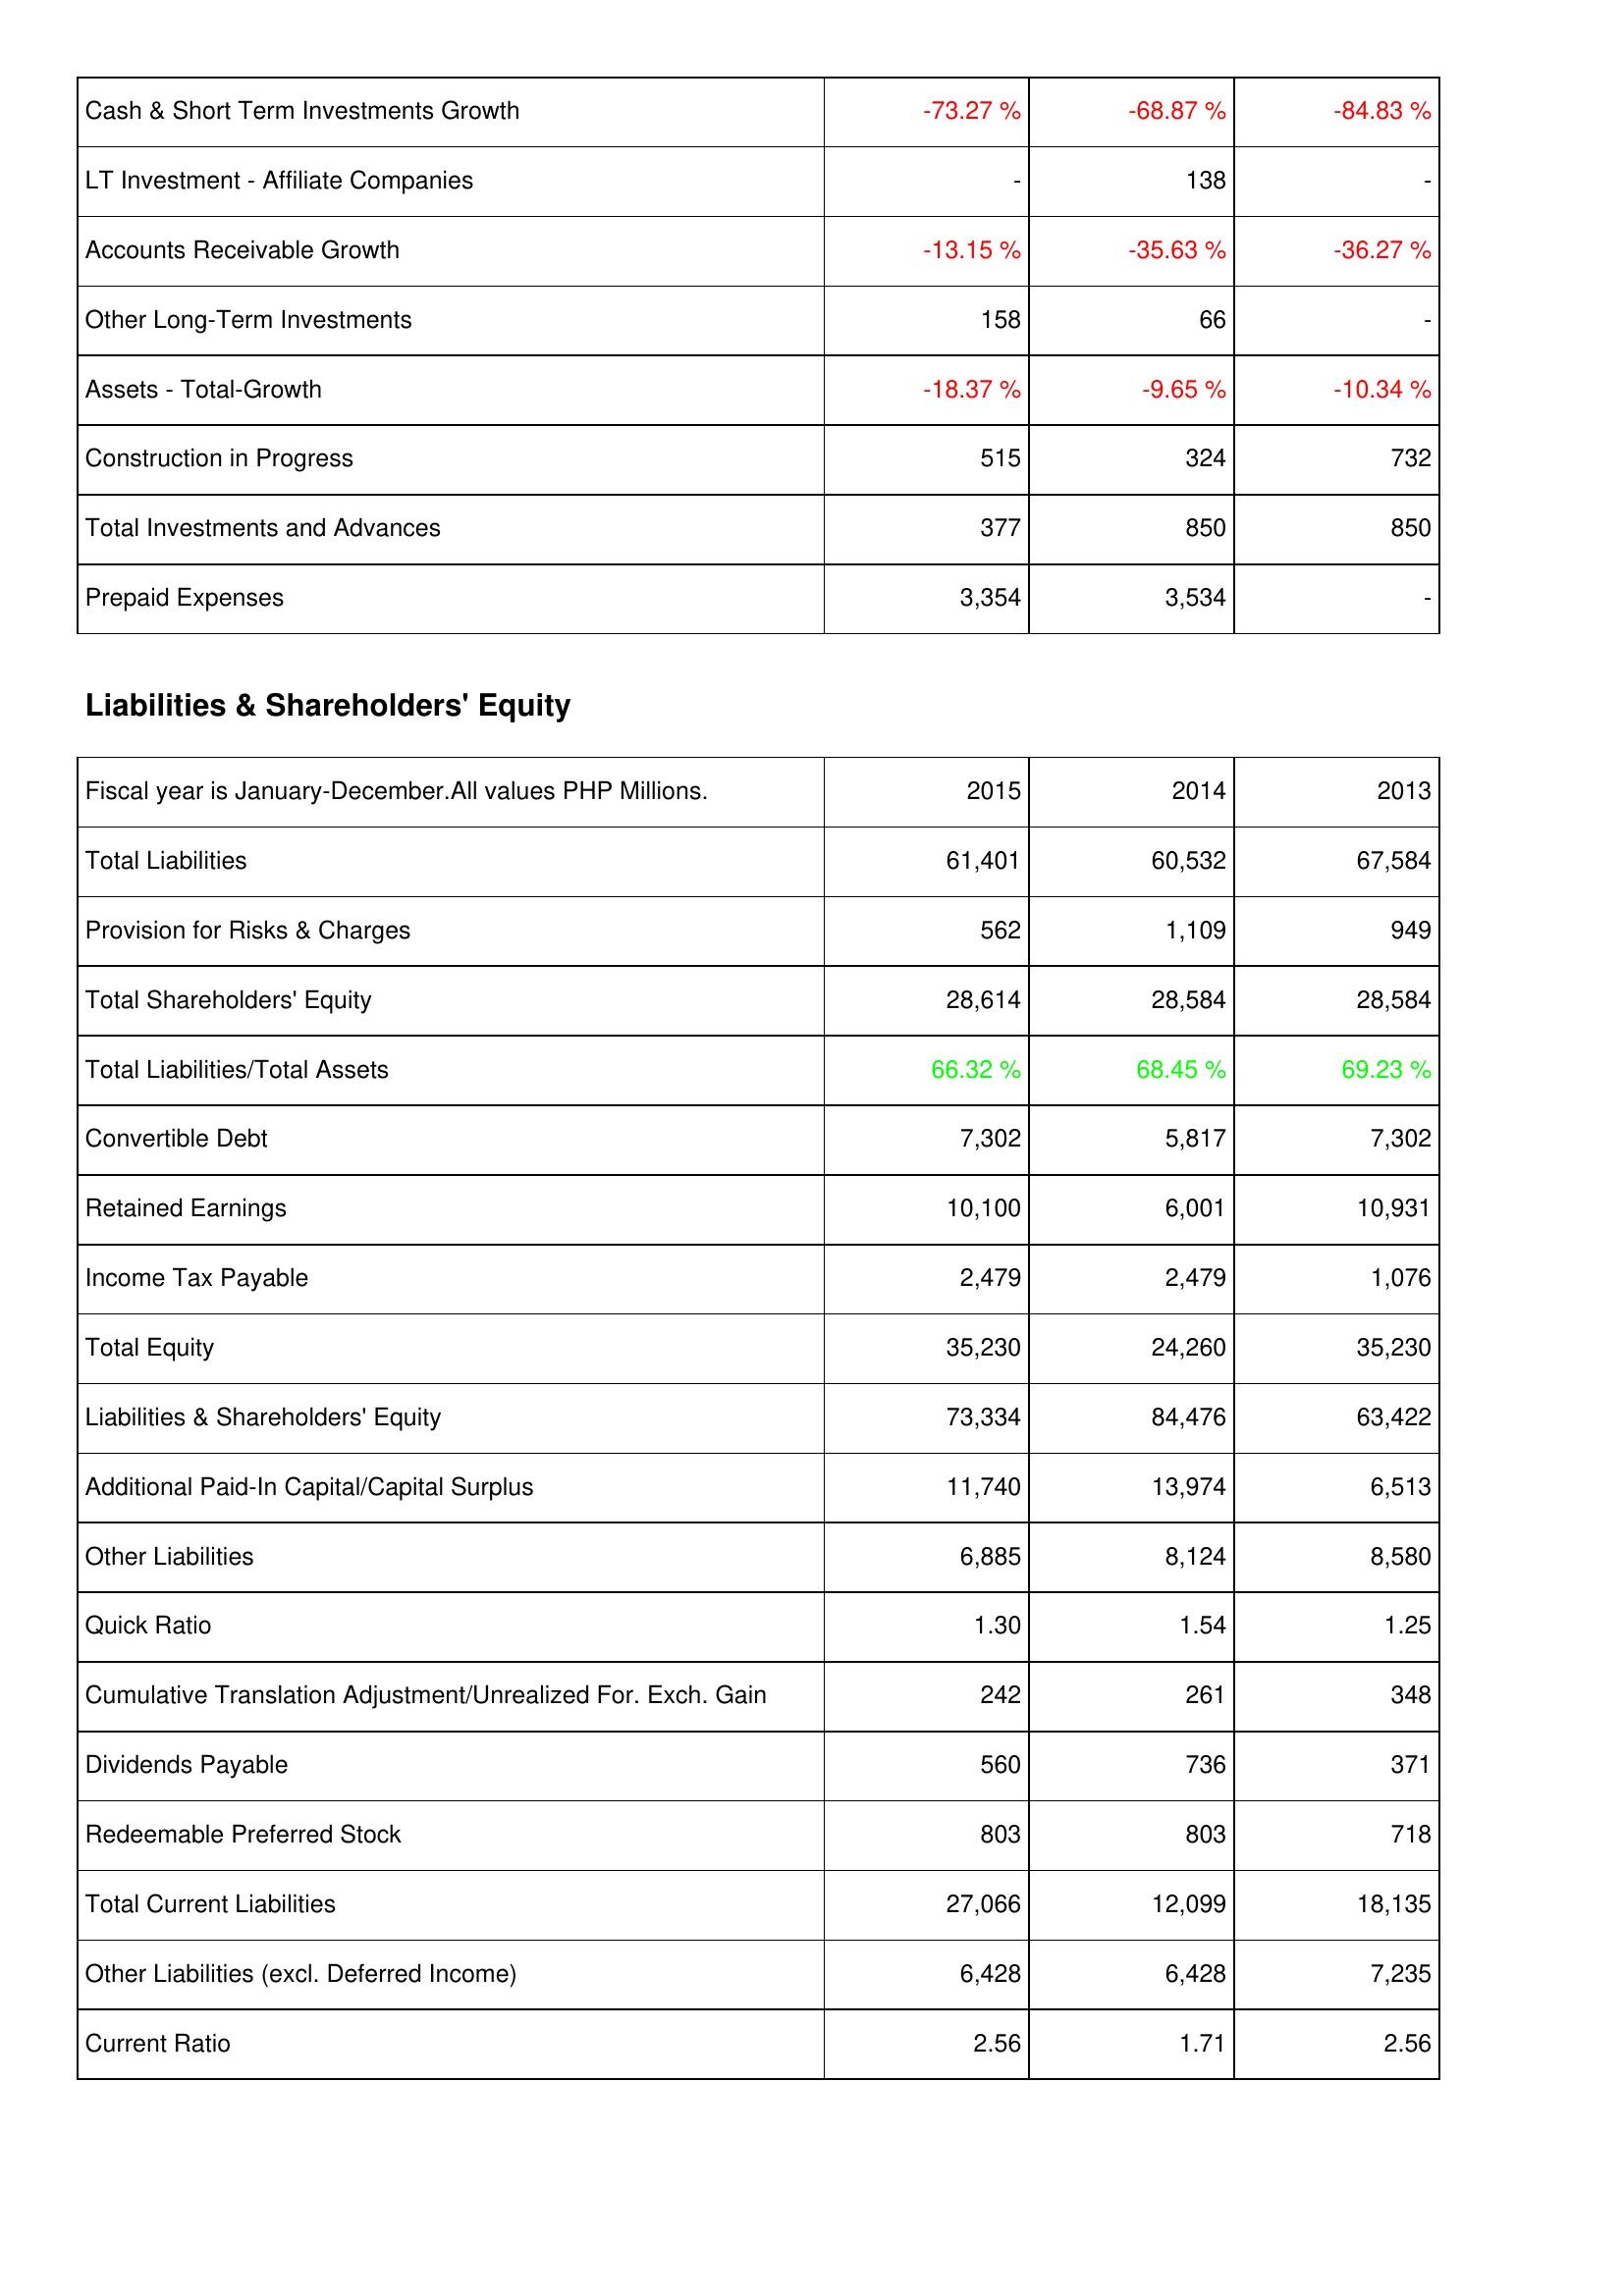
2015: Assets: Cash & Short Term Investments Growth: -73.27 %
LT Investment - Affiliate Companies: -
Accounts Receivable Growth: -13.15 %
Other Long-Term Investments: 158
Assets - Total-Growth: -18.37 %
Construction in Progress: 515
Total Investments and Advances: 377
Prepaid Expenses: 3,354
Liabilities & Shareholders' Equity: Total Liabilities: 61,401
Provision for Risks & Charges: 562
Total Shareholders' Equity: 28,614
Total Liabilities/Total Assets: 66.32 %
Convertible Debt: 7,302
Retained Earnings: 10,100
Income Tax Payable: 2,479
Total Equity: 35,230
Liabilities & Shareholders' Equity: 73,334
Additional Paid-In Capital/Capital Surplus: 11,740
Other Liabilities: 6,885
Quick Ratio: 1.30
Cumulative Translation Adjustment/Unrealized For. Exch. Gain: 242
Dividends Payable: 560
Redeemable Preferred Stock: 803
Total Current Liabilities: 27,066
Other Liabilities (excl. Deferred Income): 6,428
Current Ratio: 2.56
2014: Assets: Cash & Short Term Investments Growth: -68.87 %
LT Investment - Affiliate Companies: 138
Accounts Receivable Growth: -35.63 %
Other Long-Term Investments: 66
Assets - Total-Growth: -9.65 %
Construction in Progress: 324
Total Investments and Advances: 850
Prepaid Expenses: 3,534
Liabilities & Shareholders' Equity: Total Liabilities: 60,532
Provision for Risks & Charges: 1,109
Total Shareholders' Equity: 28,584
Total Liabilities/Total Assets: 68.45 %
Convertible Debt: 5,817
Retained Earnings: 6,001
Income Tax Payable: 2,479
Total Equity: 24,260
Liabilities & Shareholders' Equity: 84,476
Additional Paid-In Capital/Capital Surplus: 13,974
Other Liabilities: 8,124
Quick Ratio: 1.54
Cumulative Translation Adjustment/Unrealized For. Exch. Gain: 261
Dividends Payable: 736
Redeemable Preferred Stock: 803
Total Current Liabilities: 12,099
Other Liabilities (excl. Deferred Income): 6,428
Current Ratio: 1.71
2013: Assets: Cash & Short Term Investments Growth: -84.83 %
LT Investment - Affiliate Companies: -
Accounts Receivable Growth: -36.27 %
Other Long-Term Investments: -
Assets - Total-Growth: -10.34 %
Construction in Progress: 732
Total Investments and Advances: 850
Prepaid Expenses: -
Liabilities & Shareholders' Equity: Total Liabilities: 67,584
Provision for Risks & Charges: 949
Total Shareholders' Equity: 28,584
Total Liabilities/Total Assets: 69.23 %
Convertible Debt: 7,302
Retained Earnings: 10,931
Income Tax Payable: 1,076
Total Equity: 35,230
Liabilities & Shareholders' Equity: 63,422
Additional Paid-In Capital/Capital Surplus: 6,513
Other Liabilities: 8,580
Quick Ratio: 1.25
Cumulative Translation Adjustment/Unrealized For. Exch. Gain: 348
Dividends Payable: 371
Redeemable Preferred Stock: 718
Total Current Liabilities: 18,135
Other Liabilities (excl. Deferred Income): 7,235
Current Ratio: 2.56